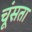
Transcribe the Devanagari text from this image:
चूंसता